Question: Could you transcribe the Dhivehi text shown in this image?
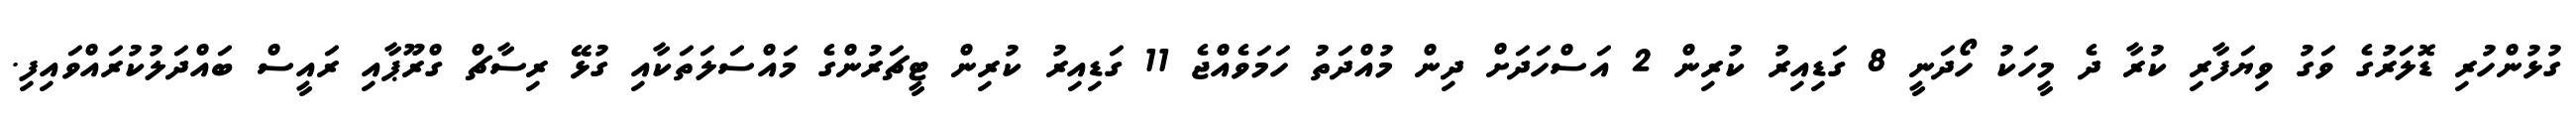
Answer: ގުޅުންހުރި ޑޮލަރުގެ ވަގު ވިޔަފާރި ކުރާ ދެ މީހަކު ހޯދަނީ 8 ގަޑިއިރު ކުރިން 2 އަސްހަދަށް ދިން މުއްދަތު ހަމަވެއްޖެ 11 ގަޑިއިރު ކުރިން ޓީޗަރުންގެ މައްސަލަތަކާއި ގުޅޭ ރިސާޗް ގްރޫޕާއި ރައީސް ބައްދަލުކުރައްވައިފި.